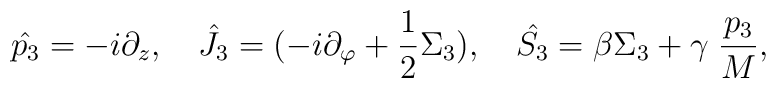
\hat{p_3} = -i\partial_z, \quad \hat{J_3} = (-i\partial_{\varphi}+{1 \over 2} \Sigma_3), \quad \hat{S_3}=\beta\Sigma_3+\gamma \;{p_3\over M},